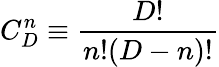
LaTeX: C_{D}^{n}\equiv\frac{D!}{n!(D-n)!}